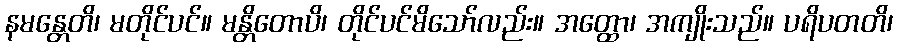
နမန္တေတိ၊ မတိုင်ပင်။ မန္တိတောပိ၊ တိုင်ပင်မိသော်လည်း။ အတ္ထော၊ အကျိုးသည်။ ပရိပတတိ၊